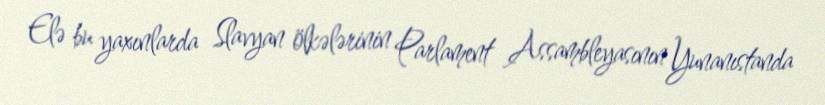
Elə bu yaxınlarda Slavyan ölkələrinin Parlament Assambleyasının Yunanıstanda